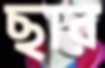
ছার